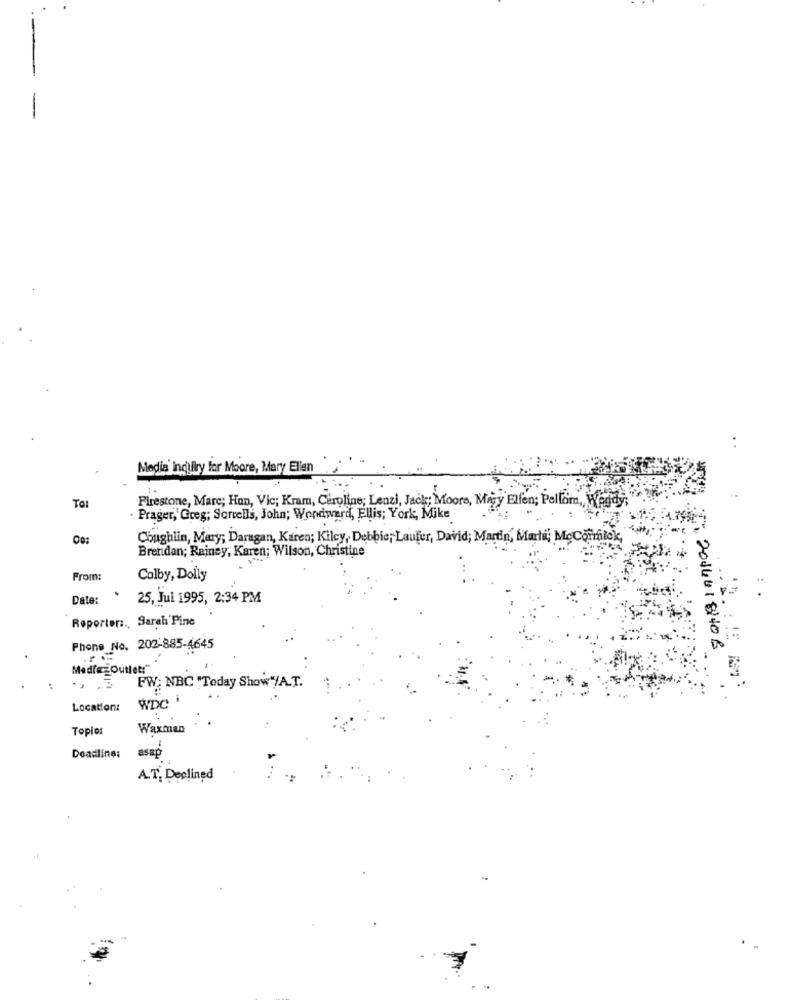
Media Indulry for Moore, Mary Ellen
TO:
Firestone, Marc; Hon, Vic; Kram, Caroline; Lenzi, Jack; Moore, Mary Elfen; Pellom, Wendy
· Prager, Greg; Sorrells, John; Wondward, Ellis; York, Mike
Coughlin, Mary; Daragan, Karen; Kilcy, Debbie; Laufer, David; Martin, Mach, McCormick,
Brendan; Rainey, Karen; Wilson, Christine
From:
Colby, Dolly
Date:
25, Jul 1995, 2:34 PM
Reporter :. Sarah Pine
Phone No. 202-885-4645
In 2016 418140 B
Media Outlet:"
FW: NBC "Today Show"/A.T.
Location: WDC
Toplo:
Waxman
Deadline:
asap
A.T. Declined